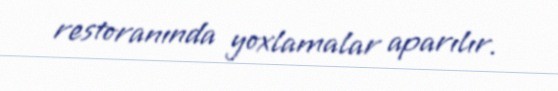
restoranında yoxlamalar aparılır.